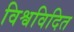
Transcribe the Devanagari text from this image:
विश्वविदित